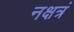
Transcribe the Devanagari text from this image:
नक्षत्रं